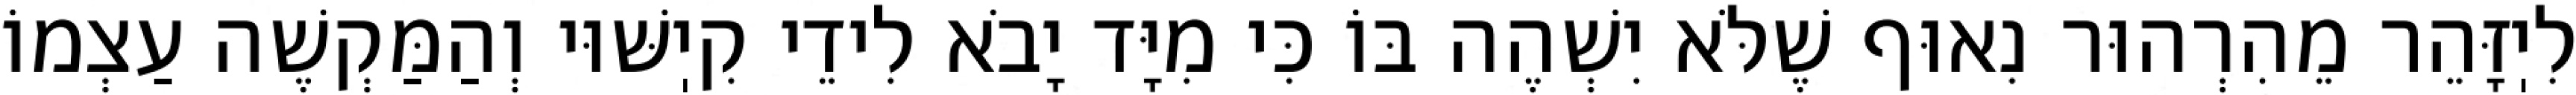
לִיֽזָּהֵר מֵהִרְהוּר נִאוּף שֶׁלֹּא יִשְׁהֶה בּוֹ כִּי מִיָּד יָבֹא לִידֵי קִיֽשּׁוּי וְהַמַּקְשֶׁה עַצְמוֹ